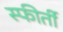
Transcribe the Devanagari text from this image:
स्फीर्ती